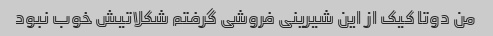
من دوتا کیک از این شیرینی فروشی گرفتم شکلاتیش خوب نبود